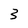
Character: 3